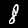
Label: 8